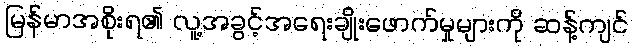
မြန်မာအစိုးရ၏ လူ့အခွင့်အရေးချိုးဖောက်မှုများကို ဆန့်ကျင်